Civil Veterinary Department Bihar & Orissa reports 1922-29 - 1922-1929
Year: 1922
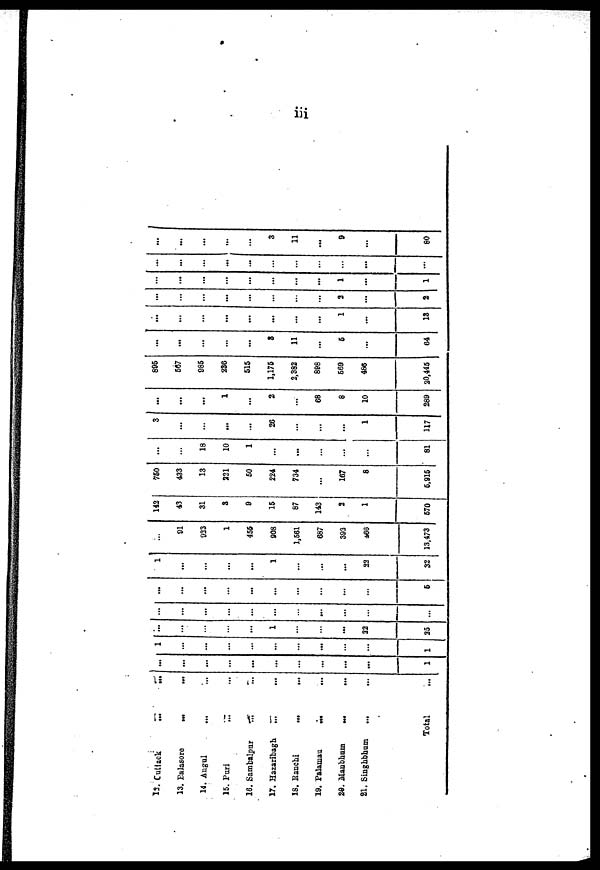
iii
13. Cuttack
13. Balasore
...
...
14. Angul
...
15. Puri
16. Sambalpur
...
...
17. Hazaribagh.
...
...
18.
Ranchi
...
19. Palamau
...
...
29.
Manbhum ...
21. Singhbhum
...
Total
...
...
...
...
...
...
...
...
1
1
...
...
...
...
...
1
...
...
...
1
...
22
25
...
...
...
...
...
...
...
...
...
...
...
...
5
1
...
...
...
1
...
22
32
...
91
923
1
456
908
1,561
687
393
166
13,473
142
43
31
3
9
15
87
143
2
1
570
750
433
13
221
50
224
734
167
8
5,915
...
18
10
1
...
...
81
3
...
...
...
26
...
1
117
...
...
1
...
2
68
8
10
289
895
567
985
236
515
1,175
2,382
898
569
486
20,445
...
...
...
...
8
11
...
5
64
...
...
...
...
...
...
...
...
1
...
13
...
...
...
...
...
2
2
...
...
...
...
...
...
1
...
1
...
...
...
...
...
...
...
...
'"
3
11
...
9
...
80